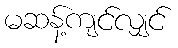
မဆန့်ကျင်လျှင်